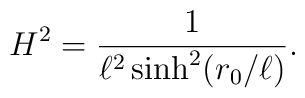
H^2={1\over\ell^2\sinh^2 (r_0 /\ell)}.